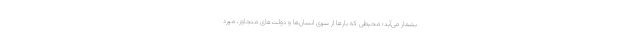
بشمار می‌آید؛ محیطی که بارها از سوی انسان‌ها و دولت‌های متجاوز، مورد